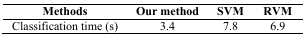
| Methods | Our method | SVM | RVM |
 | --- | --- | --- | --- |
 | Classification time (s) | 3.4 | 7.8 | 6.9 |